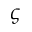
\varsigma